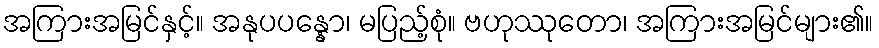
အကြားအမြင်နှင့်။ အနုပပန္နော၊ မပြည့်စုံ။ ဗဟုဿုတော၊ အကြားအမြင်များ၏။